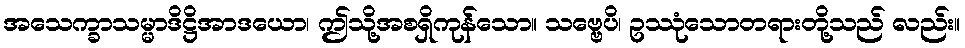
အသေက္ခာသမ္မာဒိဋ္ဌိအာဒယော၊ ဤသို့အစရှိကုန်သော။ သဗ္ဗေပိ၊ ဥဿုံသောတရားတို့သည် လည်း။